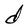
Character: d